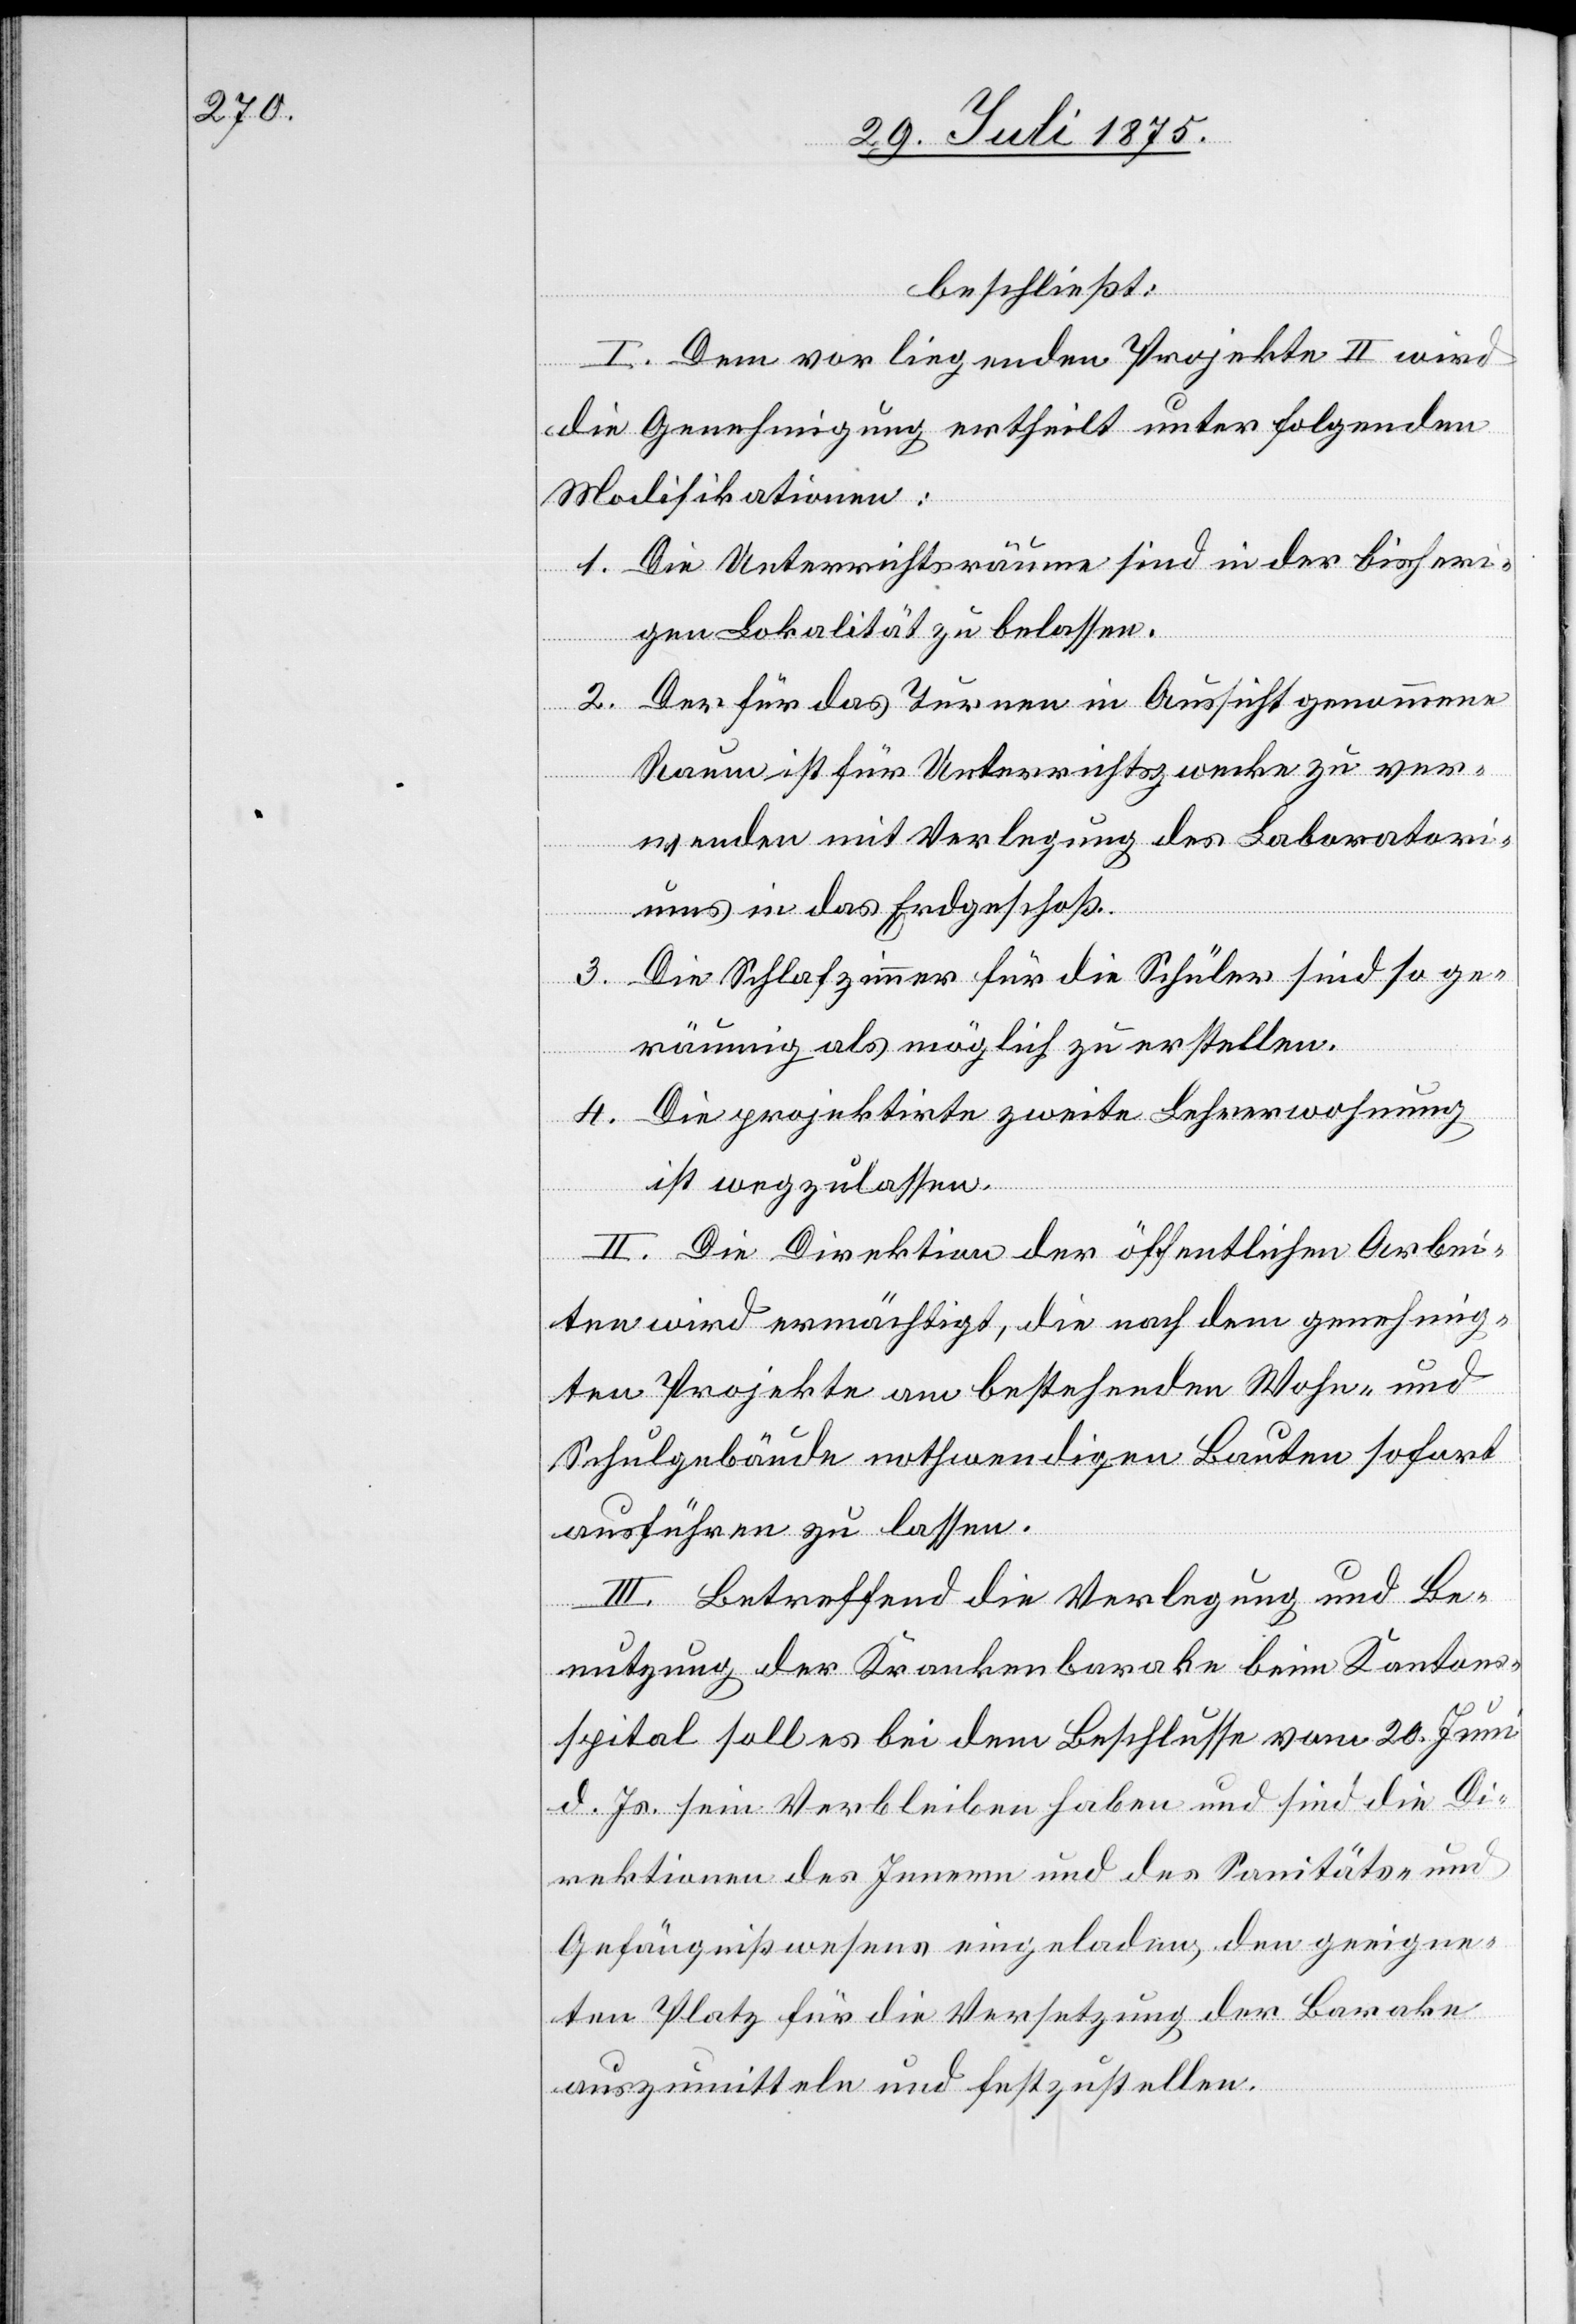
beschließt:
I. Dem vorliegenden Projekte II wird
die Genehmigung ertheilt unter folgenden
Modifikationen:
1. Die Unterrichtsräume sind in der bisheri¬
gen Lokalität zu belassen.
Der für das Turnen in Aussicht genommene
2.
Raum ist für Unterrichtszwecke zu ver¬
wenden mit Verlegung des Laboratori¬
ums in das Erdgeschoß.
3.
Die Schlafzimmer für die Schüler sind so ge¬
räumig als möglich zu erstellen.
4. Die projektirte zweite Lehrerwohnung
ist wegzulassen.
II. Die Direktion der öffentlichen Arbei¬
ten wird ermächtigt, die nach dem genehmig¬
ten Projekte am bestehenden Wohn- und
Schulgebäude nothwendigen Bauten sofort
ausführen zu lassen.
III. Betreffend die Verlegung und Be¬
nutzung der Krankenbarake beim Kantons¬
spiral soll es bei dem Beschlusse vom 20. Juni
d. Js. sein Verbleiben haben und sind die Di¬
rektionen des Innern und des Sanitäts-. und
Gefängnißwesens eingeladen, den geeigne¬
ten Platz für die Versetzung der Barake
auszumitteln und festzustellen.